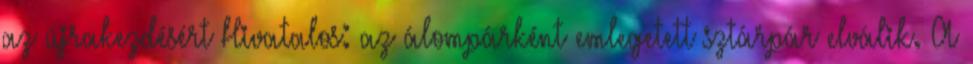
az újrakezdésért Hivatalos: az álompárként emlegetett sztárpár elválik. A